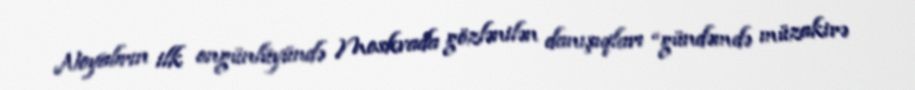
Noyabrın ilk ongünlüyündə Moskvada gözlənilən danışıqları “gündəmdə müzakirə